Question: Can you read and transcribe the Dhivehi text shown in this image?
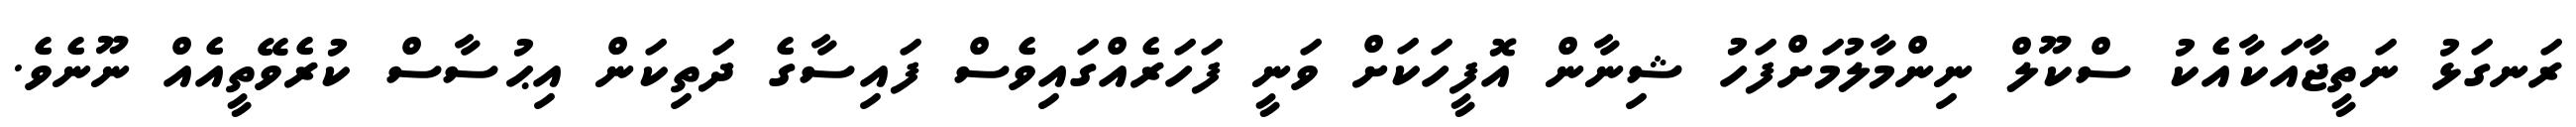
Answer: ރަނގަޅު ނަތީޖާއަކާއެކު ސްކޫލް ނިންމާލުމަށްފަހު ޝިނާން އޮފީހަކަށް ވަނީ ފަހަރެއްގައިވެސް ފައިސާގެ ދަތިކަން އިޙުސާސް ކުރެވޭތީއެއް ނޫނެވެ.